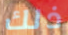
ذلك